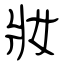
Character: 妝